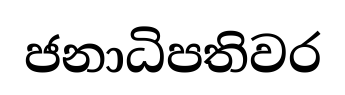
ජනාධිපතිවර